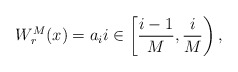
\begin{align*} W_r^M(x) = a_i i \in \left[\frac{i-1}M,\frac iM\right),\end{align*}